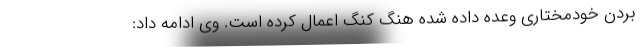
بردن خودمختاری وعده داده شده هنگ کنگ اعمال کرده است. وی ادامه داد: